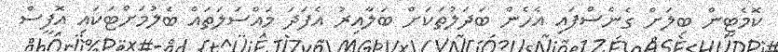
ކޮމެޓީން ބިލަށް ގެނެސްފައި އެހެން ބަދަލުތަކަށް ބަލާއިރު އެފަދަ މައްސަލަތައް ބެލުމަށްޓަކައި އޮފީސް